Children and Young Persons (Scotland) Act, 1932. Care and training of juveniles, 1932
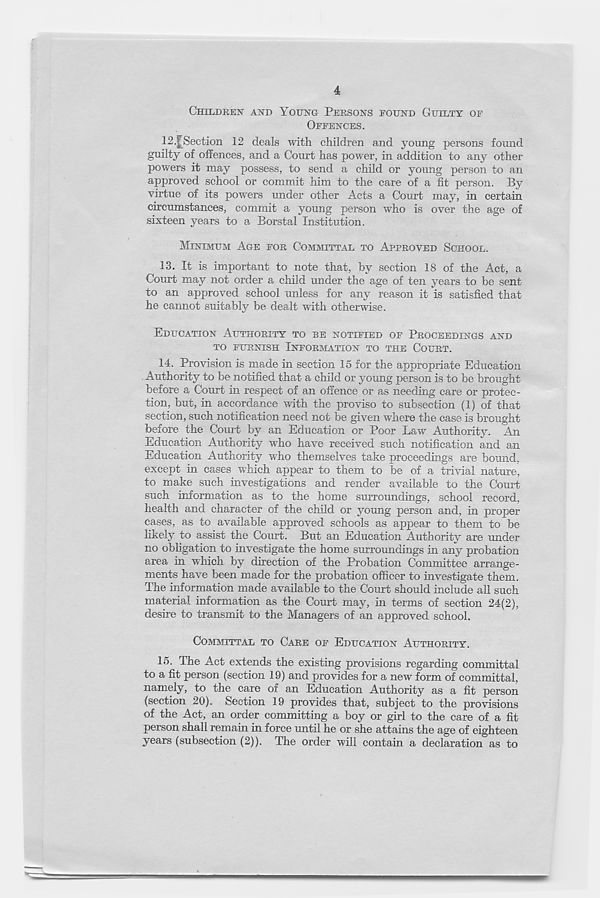
4
CHILDREN AND YOUNG PERSONS FOUND GUILTY OF
OFFENCES.
12.
|Section 12
guilty of offences, and a Court has power, in addition to any other
powers it may possess, to send a child or young person to an
approved school or commit him to the care of a fit person. By
virtue of its powers under other Acts a Court may, in certain
circumstances, commit a young person who is over the age of
sixteen years to a Borstal Institution.
MINIMUM AGE FOR COMMITTAL TO APPROVED SCHOOL.
13. It is important to note that, by section 18 of the Act, a
Court may not order a child under the age of ten years to be sent
to an approved school unless for any reason it is satisfied that
he cannot suitably be dealt with otherwise.
EDUCATION AUTHORITY TO BE NOTIFIED OF PROCEEDINGS AND
TO FURNISH INFORMATION TO THE COURT.
14. Provision is made in section 15 for the appropriate Education
Authority to be notified that a child or young person is to be brought
before a Court in respect of an offence or as needing care or protec-
tion, but, in accordance with the proviso to subsection (1) of that
section, such notification need not be given where the case is brought
before the Court by an Education or Poor Law Authority. An
Education Authority who have received such notification and an
Education Authority who themselves take proceedings are bound,
except in cases which appear to them to be of a trivial nature,
to make such investigations and render available to the Court
such information as to the home surroundings, school record,
health and character of the child or young person and, in proper
cases, as to available approved schools as appear to them to be
likely to assist the Court. But an Education Authority are under
no obligation to investigate the home surroundings in any probation
area in which by direction of the Probation Committee arrange-
ments have been made for the probation officer to investigate them.
The information made available to the Court should include all such
material information as the Court may, in terms of section 24(2),
desire to transmit to the Managers of an approved school.
COMMITTAL TO CARE OF EDUCATION AUTHORITY.
15. The Act extends the existing provisions regarding committal
to a fit person (section 19) and provides for a new form of committal,
namely, to the care of an Education Authority as a fit person
(section 20). Section 19 provides that, subject to the provisions
of the Act, an order committing a boy or girl to the care of a fit
person shall remain in force until he or she attains the age of eighteen
years (subsection (2)). The order will contain a declaration as to